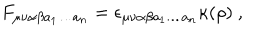
F _ { \mu \nu \alpha \beta a _ { 1 } \dots a _ { n } } = \epsilon _ { \mu \nu \alpha \beta a _ { 1 } \dots a _ { n } } \kappa ( \rho ) ~ ,